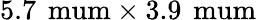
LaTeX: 5.7\, \mathrm{\ mum}\times 3.9\, \mathrm{\ mum}